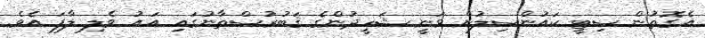
އެގޮތުން ސިޓީ ކައުންސިލުން ވަނީ ޝަހީދުންގެ ޤަބުރުސްތާނުގައި އައު ވެލި ލާފަ އެވެ.